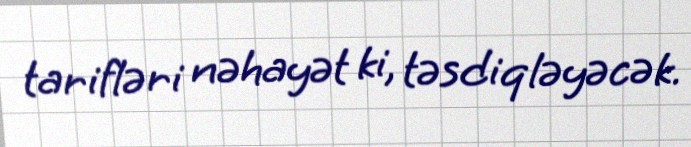
tarifləri nəhayət ki, təsdiqləyəcək.